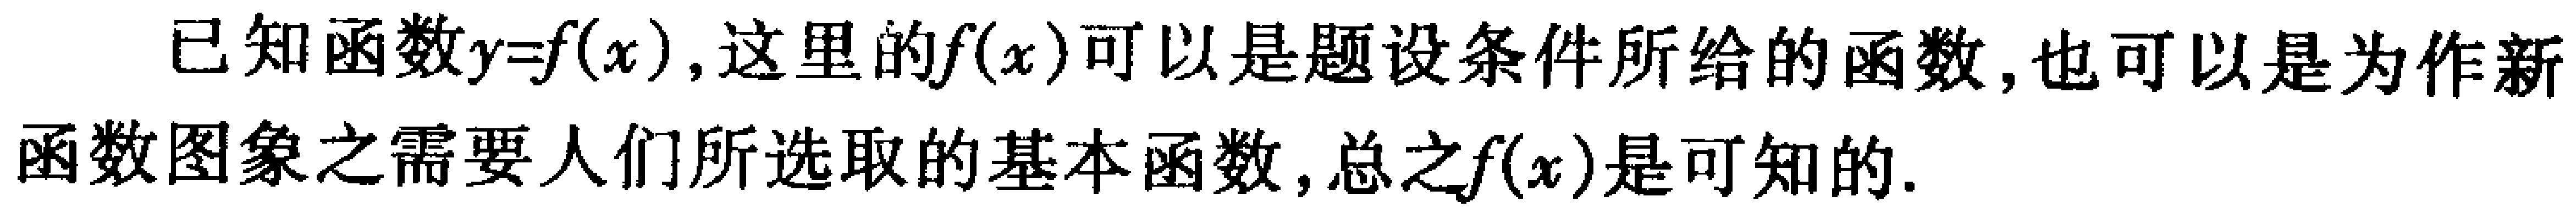
已知函数\(y = f(x)\)，这里的\(f(x)\)可以是题设条件所给的函数，也可以是为作新函数图象之需要人们所选取的基本函数，总之\(f(x)\)是可知的.